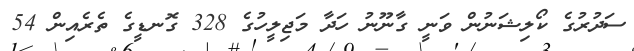
ސަދުރުގެ ކޯލިޝަނުން ވަނީ ގާނޫނު ހަދާ މަޖިލީހުގެ 328 ގޮނޑީގެ ތެރެއިން 54